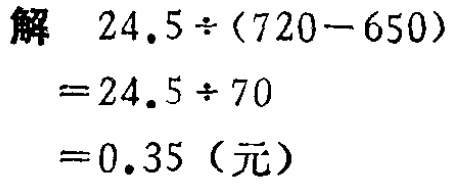
解

\[

\begin{align*}

&24.5\div(720 - 650)\\

=&24.5\div70\\

=&0.35（元）

\end{align*}

\]